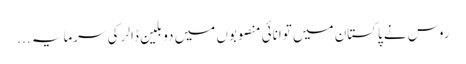
روس نے پاکستان میں توانائی منصوبوں میں دو بلین ڈالر کی سرمایہ ...